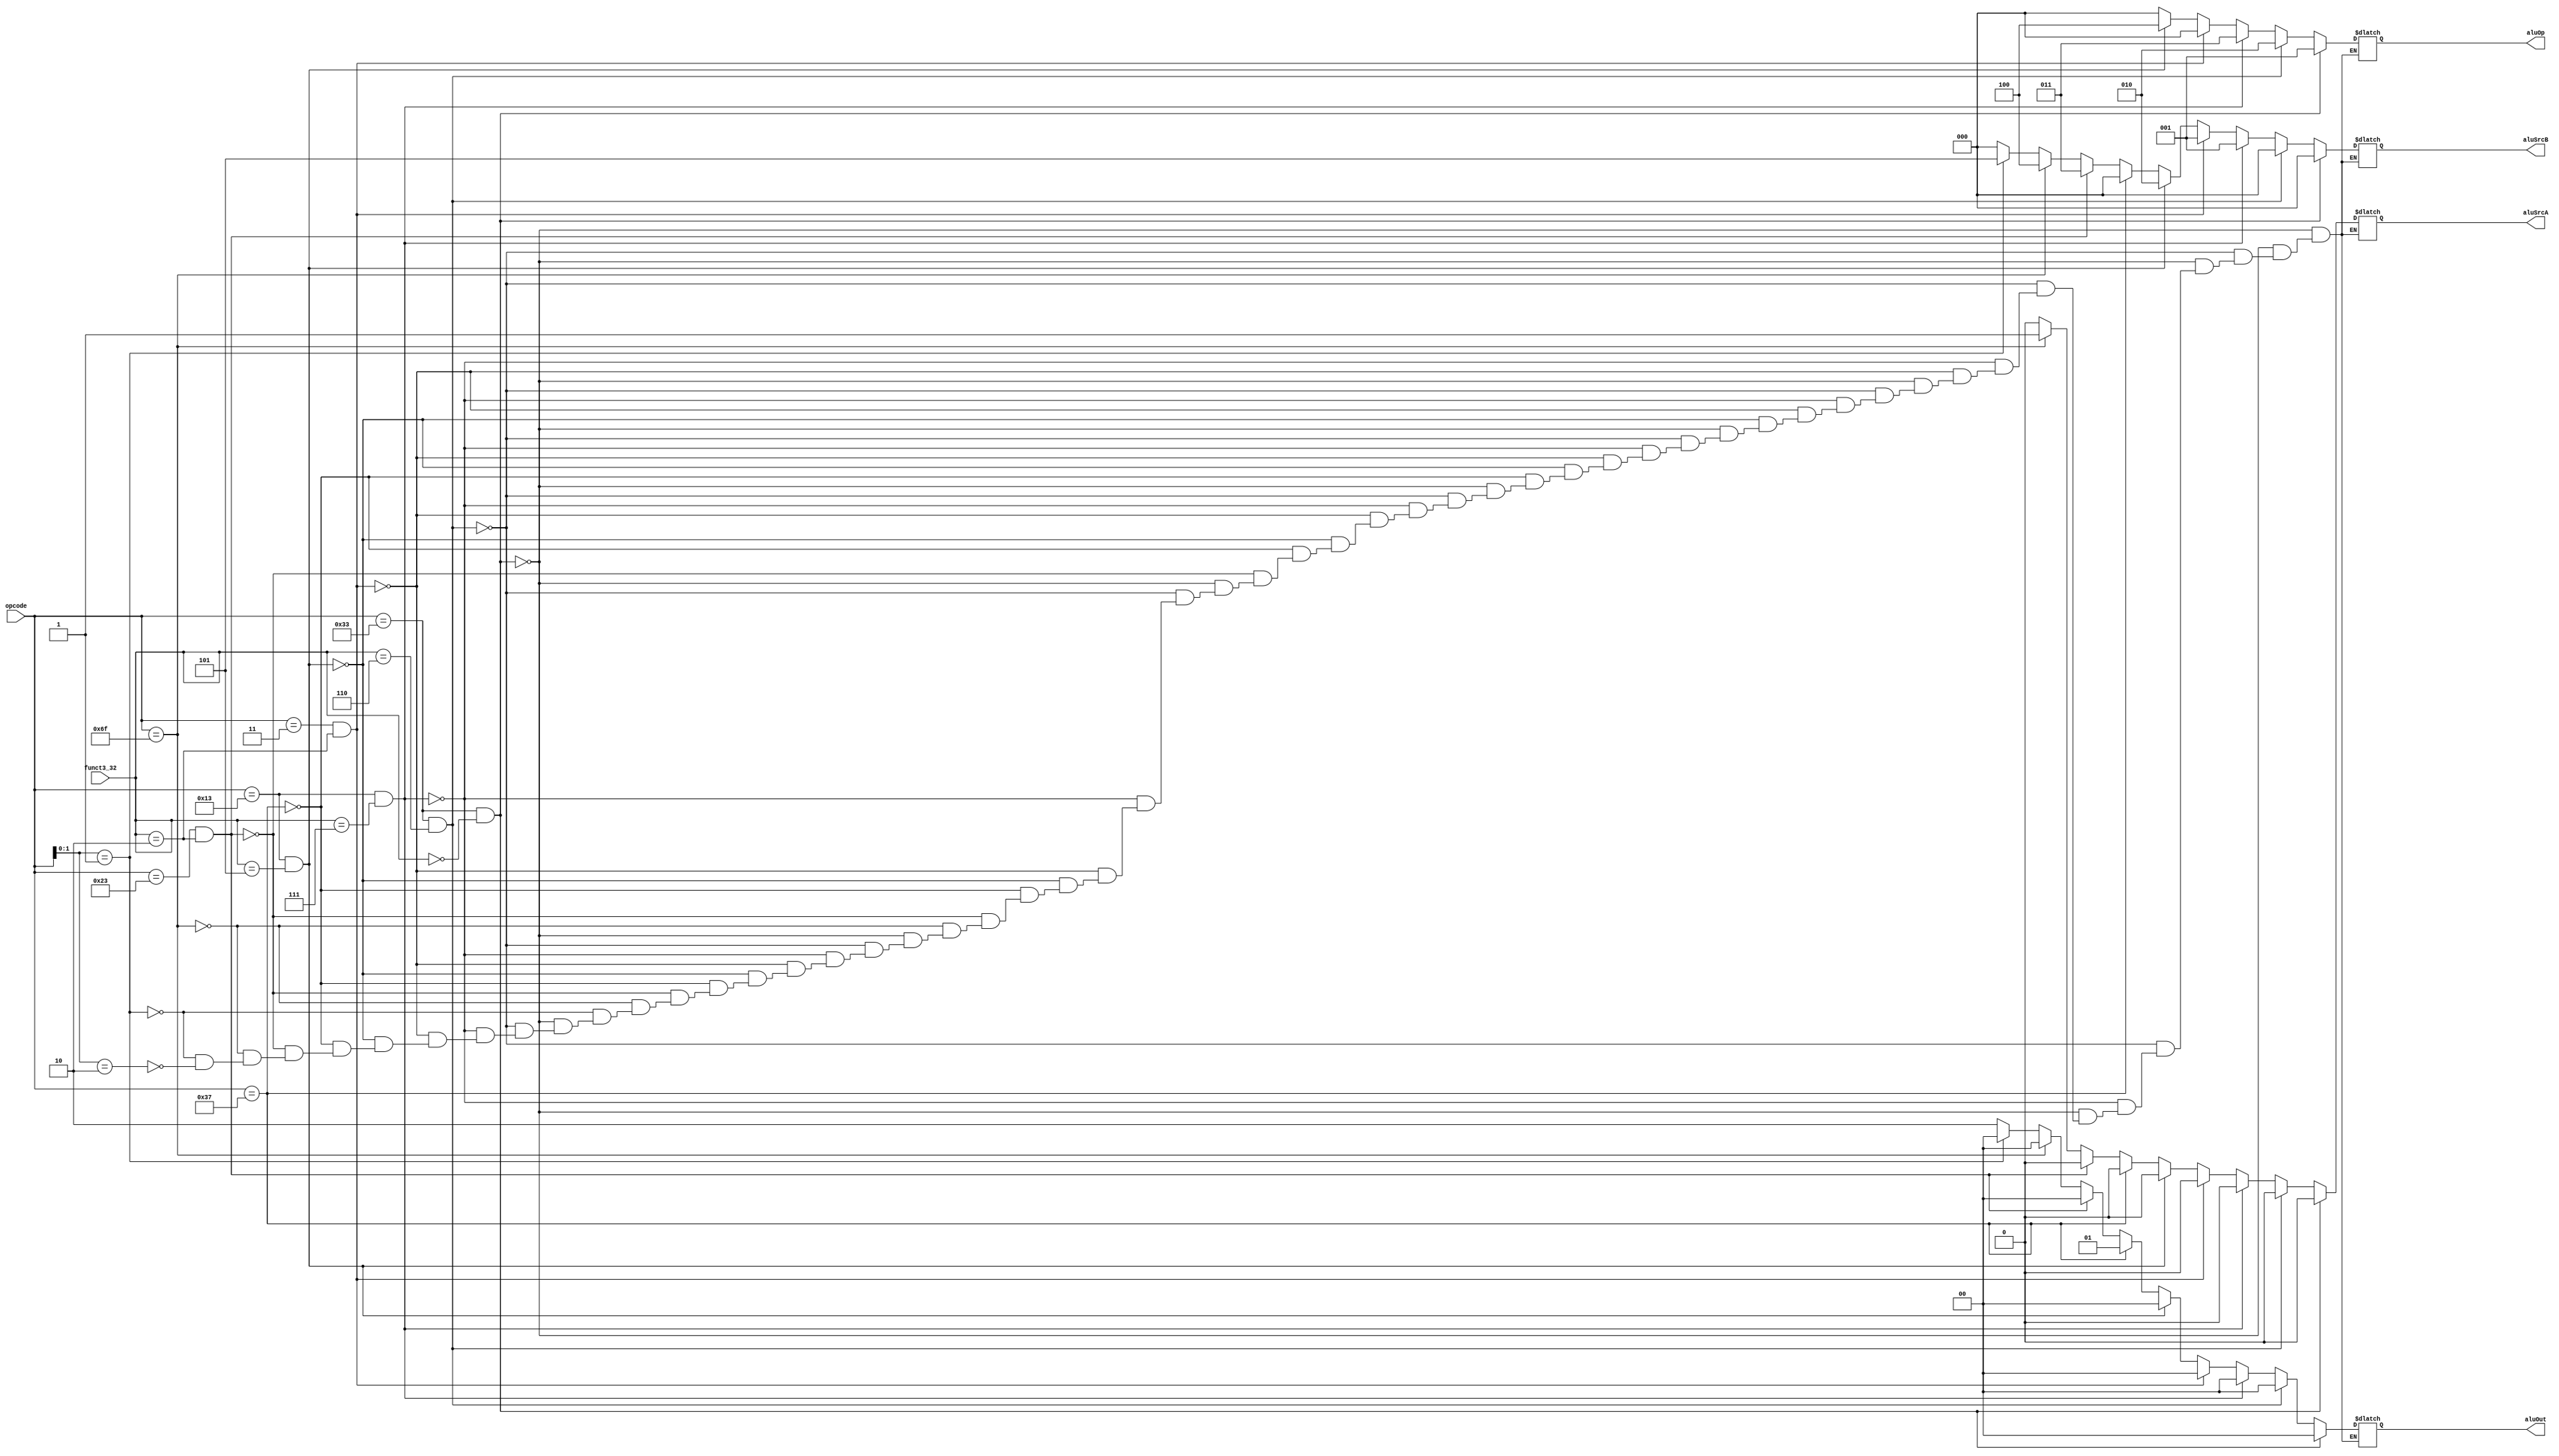
module ctrlCkt(input [6:0] opcode, input [2:0] funct3_32,
	output reg [2:0] aluOp, output reg aluSrcA, output reg [2:0] aluSrcB, output reg [1:0] aluOut);
	
	//Write your code here
	always@(opcode,funct3_32)
	begin
	if((opcode == 7'b0110011)&(funct3_32 == 3'b000))
	begin
	aluOp = 3'b001;
	aluSrcA = 1'b0;
	aluSrcB = 3'b000;
	aluOut = 2'b00;
	end
	
	else if((opcode == 7'b0110011)&(funct3_32 == 3'b110))
	begin
	aluOp = 3'b010;
	aluSrcA = 1'b0;
	aluSrcB = 3'b000;
	aluOut = 2'b00;
	end
	
	else if((opcode == 7'b0010011)&(funct3_32 == 3'b111))
	begin
	aluOp = 3'b011;
	aluSrcA = 1'b0;
	aluSrcB = 3'b001;
	aluOut = 2'b00;
	end
	
	else if((opcode == 7'b0000011)&(funct3_32 == 3'b010))
	begin
	aluOp = 3'b000;
	aluSrcA = 1'b0;
	aluSrcB = 3'b001;
	aluOut = 2'b00;
	end
	
	else if((opcode == 7'b0010011)&(funct3_32 == 3'b101))
	begin
	aluOp = 3'b100;
	aluSrcA = 1'b0;
	aluSrcB = 3'b010;
	aluOut = 2'b00;
	end
	
	else if(opcode == 7'b0110111)
	begin
	aluOp = 3'b000;
	aluSrcA = 1'b0;
	aluSrcB = 3'b000;
	aluOut = 2'b01;
	end
	
	else if((opcode == 7'b0100011)&(funct3_32 == 3'b010))
	begin
	aluOp = 3'b000;
	aluSrcA = 1'b0;
	aluSrcB = 3'b011;
	aluOut = 2'b00;
	end
	
	else if(opcode == 7'b1101111)
	begin
	aluOp = 3'b000;
	aluSrcA = 1'b1;
	aluSrcB = 3'b100;
	aluOut = 2'b00;
	end
	
	else if(opcode[1:0] == 2'b01)
	begin
	aluOp = 3'b000;
	aluSrcA = 1'b0;
	aluSrcB = 3'b101;
	aluOut = 2'b00;
	end
	
	else if (opcode[1:0] == 2'b10)
	begin
	aluOp = 3'b000;
	aluSrcA = 1'b0;
	aluSrcB = 3'b000;
	aluOut = 2'b10;
	end
	
	end
	
endmodule

module ALU(input signed [31:0] aluIn1, input signed [31:0] aluIn2, input [2:0] aluOp, output reg [31:0] aluOut);
		
	//Write your code here
	always@(aluIn1,aluIn2,aluOp)
	begin
	
	if(aluOp == 3'b000)
	begin
	aluOut = aluIn1 + aluIn2;
	end
	
	if(aluOp == 3'b001)
	begin
	aluOut = aluIn1 - aluIn2;
	end
	
	if(aluOp == 3'b010)
	begin
	aluOut = aluIn1 | aluIn2;
	end
	
	if(aluOp == 3'b011)
	begin
	aluOut = aluIn1 & aluIn2;
	end
	
	if(aluOp == 3'b100)
	begin
	aluOut = aluIn1 >>> aluIn2;
	end
	end
	
endmodule

module signExt12to32(input [11:0] in, output reg [31:0] signExtin);
		
	//Write your code here
	always@(in)
	begin
	signExtin[0] = in[0];
	signExtin[1] = in[1];
	signExtin[2] = in[2];
	signExtin[3] = in[3];
	signExtin[4] = in[4];
	signExtin[5] = in[5];
	signExtin[6] = in[6];
	signExtin[7] = in[7];
	signExtin[8] = in[8];
	signExtin[9] = in[9];
	signExtin[10] = in[10];
	signExtin[11] = in[11];
	signExtin[12] = in[11];
	signExtin[13] = in[11];
	signExtin[14] = in[11];
	signExtin[15] = in[11];
	signExtin[16] = in[11];
	signExtin[17] = in[11];
	signExtin[18] = in[11];
	signExtin[19] = in[11];
	signExtin[20] = in[11];
	signExtin[21] = in[11];
	signExtin[22] = in[11];
	signExtin[23] = in[11];
	signExtin[24] = in[11];
	signExtin[25] = in[11];
	signExtin[26] = in[11];
	signExtin[27] = in[11];
	signExtin[28] = in[11];
	signExtin[29] = in[11];
	signExtin[30] = in[11];
	signExtin[31] = in[11];
	end
	
	
endmodule

module zeroExt5to32(input [4:0] in, output reg [31:0] zeroExtin);
		
	//Write your code here
	always@(in)
	begin
	zeroExtin[0] = in[0];
	zeroExtin[1] = in[1];
	zeroExtin[2] = in[2];
	zeroExtin[3] = in[3];
	zeroExtin[4] = in[4];
	zeroExtin[5] = 0;
	zeroExtin[6] = 0;
	zeroExtin[7] = 0;
	zeroExtin[8] = 0;
	zeroExtin[9] = 0;
	zeroExtin[10] = 0;
	zeroExtin[11] = 0;
	zeroExtin[12] = 0;
	zeroExtin[13] = 0;
	zeroExtin[14] = 0;
	zeroExtin[15] = 0;
	zeroExtin[16] = 0;
	zeroExtin[17] = 0;
	zeroExtin[18] = 0;
	zeroExtin[18] = 0;
	zeroExtin[19] = 0;
	zeroExtin[20] = 0;
	zeroExtin[21] = 0;
	zeroExtin[22] = 0;
	zeroExtin[23] = 0;
	zeroExtin[24] = 0;
	zeroExtin[25] = 0;
	zeroExtin[26] = 0;
	zeroExtin[27] = 0;
	zeroExtin[28] = 0;
	zeroExtin[29] = 0;
	zeroExtin[30] = 0;
	zeroExtin[31] = 0;
	end
endmodule

module signExt21to32(input [20:0] in, output reg [31:0] signExtin);
		
	//Write your code here
	always@(in)
	begin
	signExtin[0] = in[0];
	signExtin[1] = in[1];
	signExtin[2] = in[2];
	signExtin[3] = in[3];
	signExtin[4] = in[4];
	signExtin[5] = in[5];
	signExtin[6] = in[6];
	signExtin[7] = in[7];
	signExtin[8] = in[8];
	signExtin[9] = in[9];
	signExtin[10] = in[10];
	signExtin[11] = in[11];
	signExtin[12] = in[12];
	signExtin[13] = in[13];
	signExtin[14] = in[14];
	signExtin[15] = in[15];
	signExtin[16] = in[16];
	signExtin[17] = in[17];
	signExtin[18] = in[18];
	signExtin[19] = in[19];
	signExtin[20] = in[20];
	signExtin[21] = in[20];
	signExtin[22] = in[20];
	signExtin[23] = in[20];
	signExtin[24] = in[20];
	signExtin[25] = in[20];
	signExtin[26] = in[20];
	signExtin[27] = in[20];
	signExtin[28] = in[20];
	signExtin[29] = in[20];
	signExtin[30] = in[20];
	signExtin[31] = in[20];
	end
	
endmodule

module signExt6to32(input [5:0] in, output reg [31:0] signExtin);
		
	//Write your code here
	always@(in)
	begin
	signExtin[0] = in[0];
	signExtin[1] = in[1];
	signExtin[2] = in[2];
	signExtin[3] = in[3];
	signExtin[4] = in[4];
	signExtin[5] = in[5];
	signExtin[6] = in[5];
	signExtin[7] = in[5];
	signExtin[8] = in[5];
	signExtin[9] = in[5];
	signExtin[10] = in[5];
	signExtin[11] = in[5];
	signExtin[12] = in[5];
	signExtin[13] = in[5];
	signExtin[14] = in[5];
	signExtin[15] = in[5];
	signExtin[16] = in[5];
	signExtin[17] = in[5];
	signExtin[18] = in[5];
	signExtin[19] = in[5];
	signExtin[20] = in[5];
	signExtin[21] = in[5];
	signExtin[22] = in[5];
	signExtin[23] = in[5];
	signExtin[24] = in[5];
	signExtin[25] = in[5];
	signExtin[26] = in[5];
	signExtin[27] = in[5];
	signExtin[28] = in[5];
	signExtin[29] = in[5];
	signExtin[30] = in[5];
	signExtin[31] = in[5];
	end
	
endmodule

module mux2to1_32bits(input [31:0] in0, input [31:0] in1, input sel, output reg [31:0] muxOut);
    	
	//Write your code here
	always@(sel,in0,in1)
	begin
	
	case(sel)
	1'b0 : begin
	muxOut = in0;
	end
	1'b1 : begin
	muxOut = in1;
	end
	endcase
	end
	
endmodule

module mux4to1_32bits(input [31:0] in0, input [31:0] in1, input [31:0] in2, input [31:0] in3, input [1:0] sel, output reg [31:0] muxOut);
    	
	//Write your code here
	always@(sel,in0,in2,in2,in3)
	begin
	
	case(sel)
	2'b00 : begin
	muxOut = in0;
	end
	
	2'b01 : begin
	muxOut = in1;
	end
	
	2'b10 : begin
	muxOut = in2;
	end
	
	2'b11 : begin
	muxOut = in3;
	end
	
	endcase
	end
	
	
endmodule

module mux8to1_32bits(input [31:0] in0, input [31:0] in1, input [31:0] in2, input [31:0] in3,
	input [31:0] in4, input [31:0] in5, input [31:0] in6, input [31:0] in7, input [2:0] sel, output reg [31:0] muxOut);
   	
	//Write your code here
	always@(sel,in0,in1,in2,in3,in4,in5,in6,in7)
	begin
	
	case(sel)
	3'b000 : begin
	muxOut = in0;
	end
	
	3'b001 : begin
	muxOut = in1;
	end
	
	3'b010 : begin
	muxOut = in2;
	end
	
	3'b011 : begin
	muxOut = in3;
	end
	
	3'b100 : begin
	muxOut = in4;
	end
	
	3'b101 : begin
	muxOut = in5;
	end
	
	3'b110 : begin
	muxOut = in6;
	end
	
	3'b111 : begin
	muxOut = in7;
	end
	endcase
	end
endmodule

module decodeExecute(input [31:0] busA, input [31:0] busB, input [31:0] IR, output [31:0] outPut, output [31:0] busBout);
		
	//Write your code here
	wire [2:0] aluOp;
	wire aluSrcA;
	wire [2:0] aluSrcB;
	wire [1:0] aluSel;
	wire [31:0] signExt1;
	wire [31:0] signExt2;
	wire [31:0] signExt3;
	wire [31:0] signExt4;
	wire [31:0] signExt5;
	wire [31:0] muxOut1;
	wire [31:0] muxOut2;
	wire [31:0] aluOut;
	ctrlCkt circuit(IR[6:0],IR[14:12],aluOp,aluSrcA,aluSrcB,aluSel);
	signExt12to32 sign1(IR[31:20],signExt1);
	zeroExt5to32 sign2(IR[24:20],signExt2);
	signExt12to32 sign3({IR[31:25],IR[11:7]},signExt3);
	signExt21to32 sign4({IR[31:12],1'b0},signExt4);
	signExt6to32 sign5({IR[12],IR[6:2]},signExt5);
	mux8to1_32bits mux1(busB,signExt1,signExt2,signExt3,signExt4,signExt5,32'b0,32'b0,aluSrcB,muxOut2);
	mux2to1_32bits mux2(busA,32'b0,aluSrcA,muxOut1);
	ALU alu(muxOut1,muxOut2,aluOp,aluOut);
	mux4to1_32bits mux3(aluOut,{IR[31:12],12'b0},busB,32'b0,aluSel,outPut);
	assign busBout = busB;
	
	
	
		
endmodule

module testbench;
	reg [31:0] busA, busB, IR;
	wire [31:0] outPut, busBout;
	
	decodeExecute DE(busA, busB, IR, outPut, busBout);
	
	initial
	begin
		#00 busA = 32'h82345678; busB = 32'h12345678; IR = 32'h40000033; // sub
		#10 busA = 32'h3F82A814; busB = 32'h5E518C31; IR = 32'h00006033; // or
		#10 busA = 32'hABD31352; busB = 32'hBABABABA; IR = 32'h36A37413; // andi
		#10 busA = 32'h10000000; busB = 32'hDCDCDCDC; IR = 32'hC0062303; // lw
		#10 busA = 32'hE0000000; busB = 32'h00000005; IR = 32'h40205013; // srai
		#10 busA = 32'hFFFFFFFF; busB = 32'hFFFFFFFF; IR = 32'h0F300637; // lui
		#10 busA = 32'h00000000; busB = 32'hFFFFFFFF; IR = 32'hF0C52023; // sw
		#10 busA = 32'hFFFFFFFF; busB = 32'hFFFFFFFF; IR = 32'hF00001EF; // j
		#10 busA = 32'h0000000F; busB = 32'h11111111; IR = 32'h00001581; // c.addi
		#10 busA = 32'h22222222; busB = 32'h00DEAD00; IR = 32'h00008DBA; // c.mv
		#10 $finish;
	end
endmodule